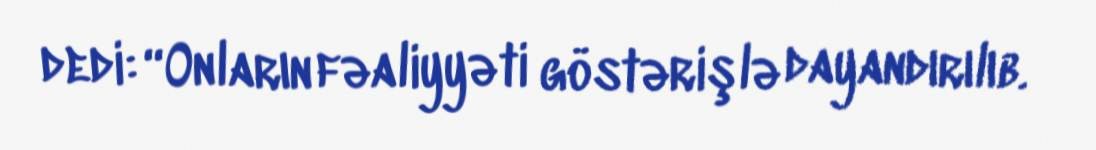
dedi: “Onların fəaliyyəti göstərişlə dayandırılıb.